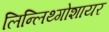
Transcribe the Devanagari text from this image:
लिन्लिथ्गोशायर